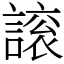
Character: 䜇